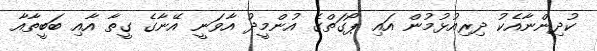
ކުދިންނާއެކު ދިރިއުޅުމުން އައި ޕޯގަތްގެ އުންމީދު އާވަނީ އޭނާގެ ގީތާ އާއި ބަބީތާއާ